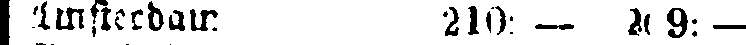
Amsterdam 210: - 209: -